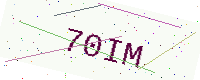
Text: 70IM